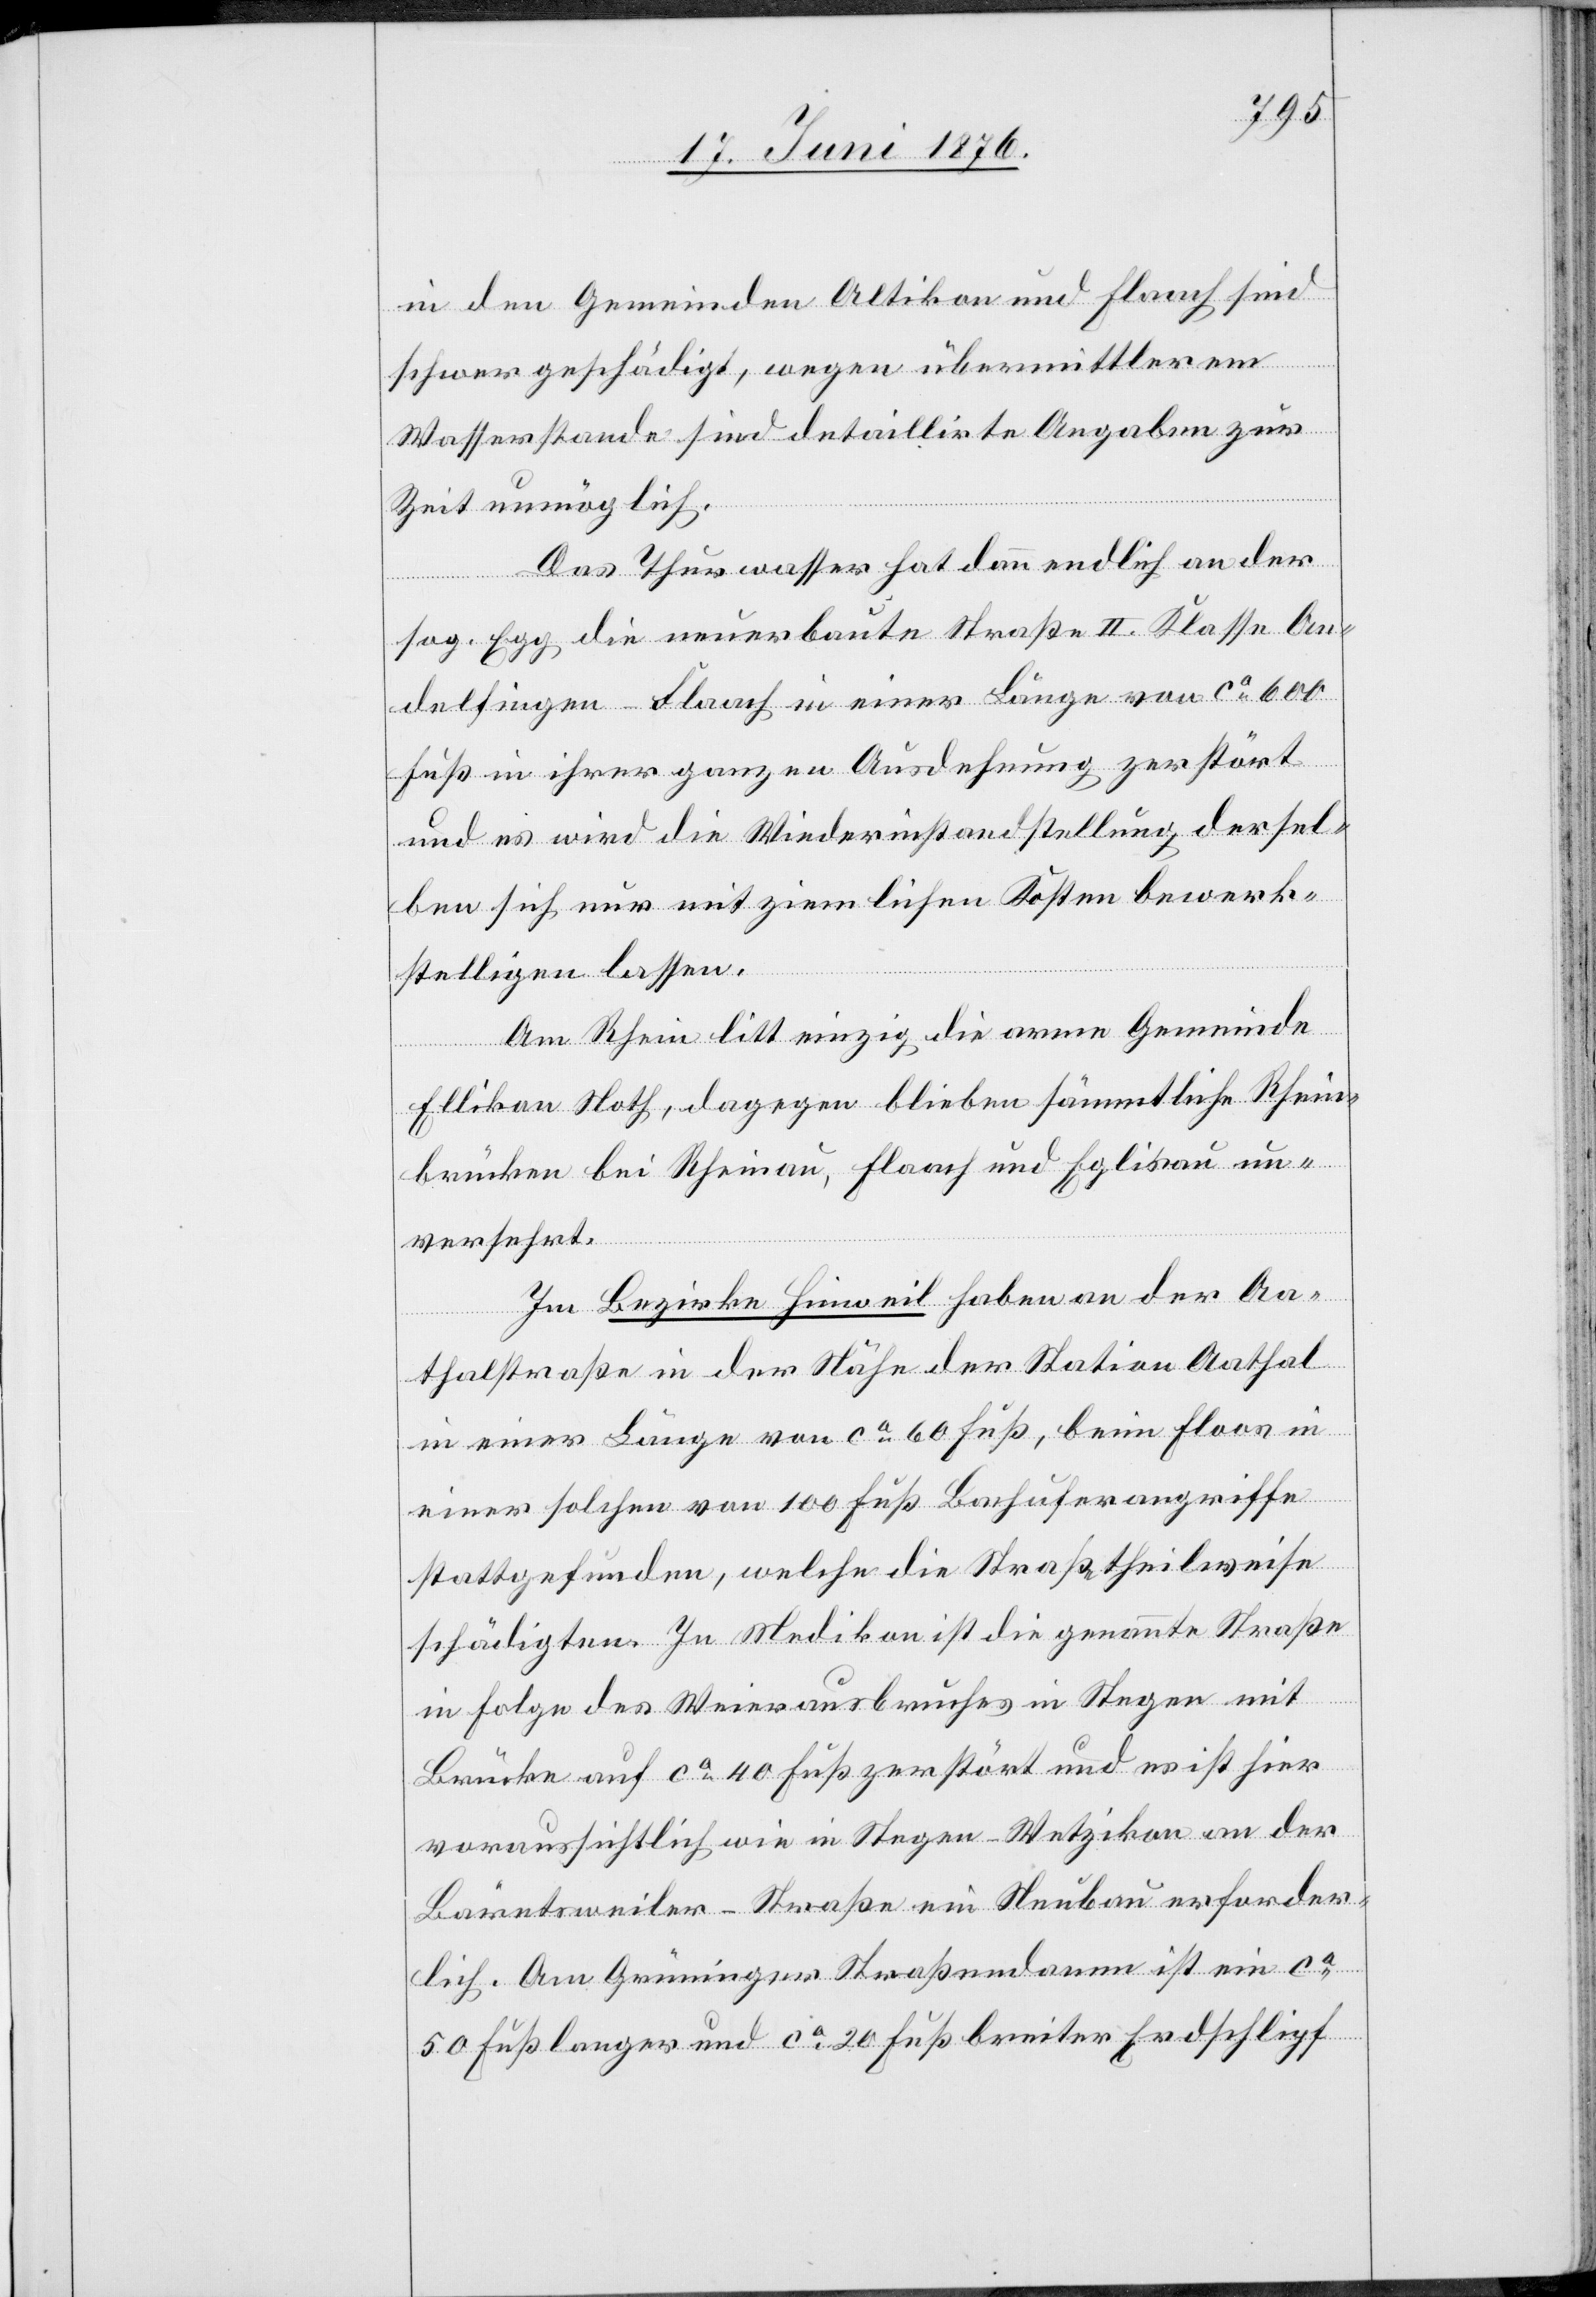
in den Gemeinden Altikon und Flaach sind
schwer geschädigt, wegen übermittlerem
Wasserstande sind detaillirte Angaben zur
Zeit unmöglich.
Das Thurwasser hat dann endlich an der
sog. Egg die neuerbaute Straße II. Klasse An¬
delfingen–Flaach in einer Länge von ca 600
Fuß in ihrer ganzen Ausdehnung zerstört
und es wird die Wiederinstandstellung dersel¬
ben sich nur mit ziemlichen Kosten bewerk¬
stelligen lassen.
Am Rhein litt einzig die arme Gemeinde
Ellikon Noth, dagegen blieben sämmtliche Rhein¬
brücken bei Rheinau, Flaach und Eglisau un¬
versehrt.
Im Bezirke Hinweil haben an der Aa¬
thalstraße in der Nähe der Station Aathal
in einer Länge von ca 60 Fuß, beim Floos in
einer solchen von 100 Fuß Bachuferangriffe
stattgefunden, welche die Straße theilweise
schädigten. In Medikon ist die genannte Straße
in Folge des Weierausbruches in Stegen mit
Brücke auf ca 40 Fuß zerstört und es ist hier
voraussichtlich wie in Stegen - Wetzikon an der
Bäretsweiler-Straße ein Neubau erforder¬
lich. Am Grüninger Straßendamm ist ein ca
50 Fuß langer und ca 20 Fuß breiter Erdschlipf